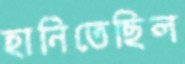
হানিতেছিল